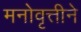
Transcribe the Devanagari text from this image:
मनोवृत्तीने